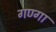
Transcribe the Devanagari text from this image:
गण्गा